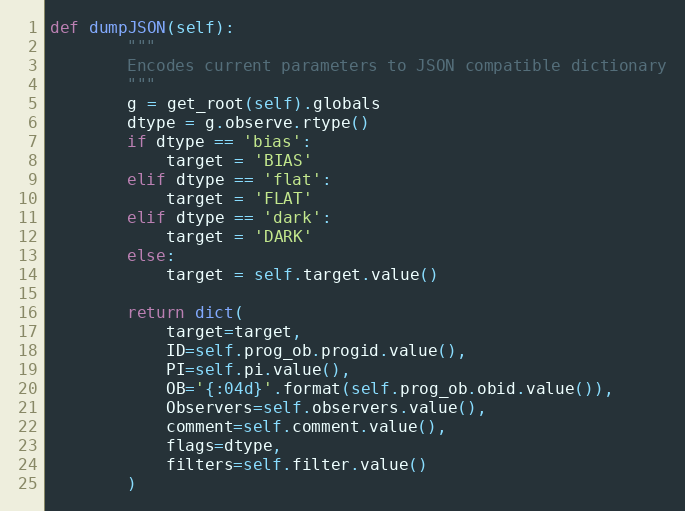
Language: Python
def dumpJSON(self):
        """
        Encodes current parameters to JSON compatible dictionary
        """
        g = get_root(self).globals
        dtype = g.observe.rtype()
        if dtype == 'bias':
            target = 'BIAS'
        elif dtype == 'flat':
            target = 'FLAT'
        elif dtype == 'dark':
            target = 'DARK'
        else:
            target = self.target.value()

        return dict(
            target=target,
            ID=self.prog_ob.progid.value(),
            PI=self.pi.value(),
            OB='{:04d}'.format(self.prog_ob.obid.value()),
            Observers=self.observers.value(),
            comment=self.comment.value(),
            flags=dtype,
            filters=self.filter.value()
        )